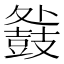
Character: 𮮧